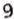
9